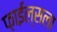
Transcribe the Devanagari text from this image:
फ़ाईल्सला